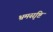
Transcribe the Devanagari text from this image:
भ्रमसृष्टि